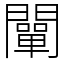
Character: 闡